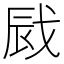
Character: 𢦿